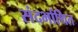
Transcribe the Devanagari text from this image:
संदर्भाथित